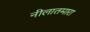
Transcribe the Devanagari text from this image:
नीलातमारा